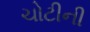
ચોટીની